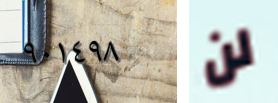
٩٠١٤٩٨ لن